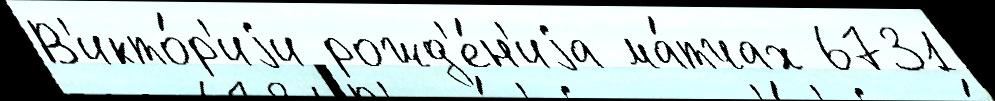
В'икто́р'иjи рожд'е́н'иjа ма́тчах 6731